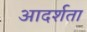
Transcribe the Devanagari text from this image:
आदर्शता